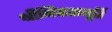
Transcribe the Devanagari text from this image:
श्रीनिवासमूर्ति